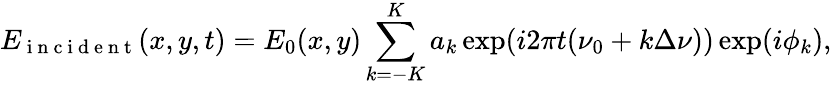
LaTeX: E_{\mathrm{~i~n~c~i~d~e~n~t~}}(x,y,t)=E_{0}(x,y)\sum_{k=-K}^{K}a_{k}\exp(i2\pi t(\nu_{0}+k\Delta\nu))\exp(i\phi_{k}),